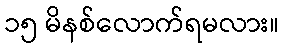
၁၅ မိနစ်လောက်ရမလား။